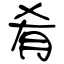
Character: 肴